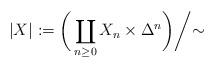
LaTeX: \begin{align*}|X| := \bigg(\coprod_{n\ge 0} X_n \times \Delta^n \bigg) \bigg/ \mathord{\sim}\end{align*}